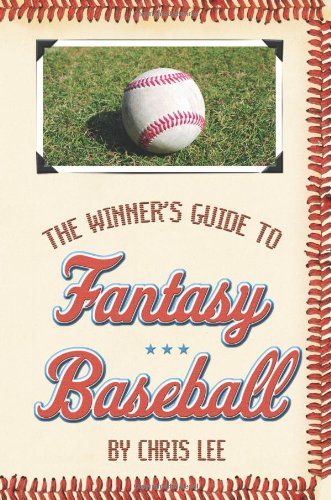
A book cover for The Winner's Guide to Fantasy Baseball; Chris Lee; Humor & Entertainment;